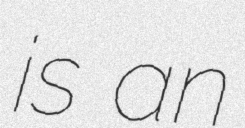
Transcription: is an